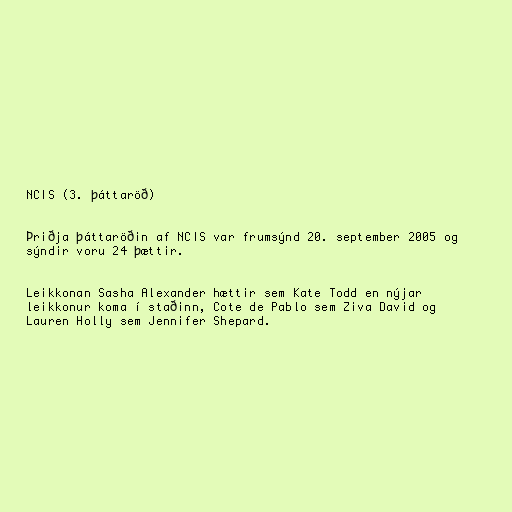
NCIS (3. þáttaröð)

Þriðja þáttaröðin af NCIS var frumsýnd 20. september 2005 og
sýndir voru 24 þættir.

Leikkonan Sasha Alexander hættir sem Kate Todd en nýjar
leikkonur koma í staðinn, Cote de Pablo sem Ziva David og
Lauren Holly sem Jennifer Shepard.